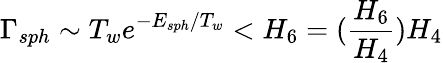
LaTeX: \Gamma_{sph}\sim T_{w}e^{-E_{sph}/T_{w}}<H_{6}=(\frac{H_{6}}{H_{4}})H_{4}